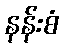
နန်းစံ